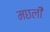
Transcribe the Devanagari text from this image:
मछली